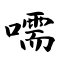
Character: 嚅